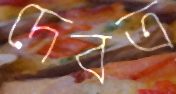
দেবত্র